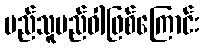
မည်သူမည်ဝါဖြစ်ကြောင်း